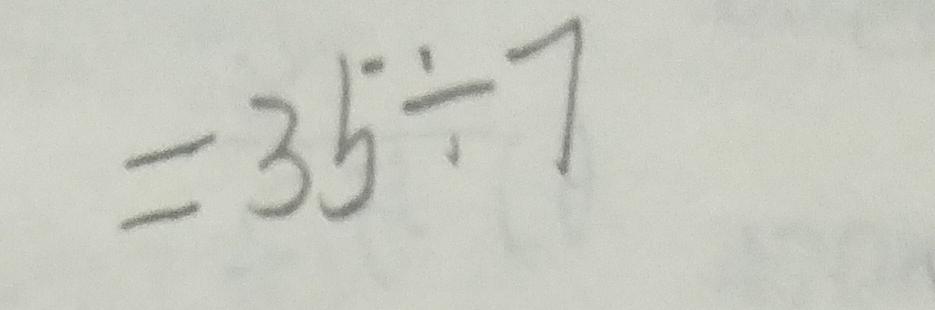
= 3 5 \div 7